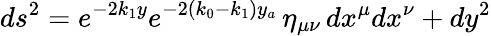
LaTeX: ds^{2}=e^{-2k_{1}y}e^{-2(k_{0}-k_{1})y_{a}}\, \eta_{\mu\nu}\, dx^{\mu}dx^{\nu}+dy^{2}